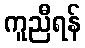
ကူညီရန်